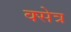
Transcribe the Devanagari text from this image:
क्सेत्र